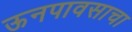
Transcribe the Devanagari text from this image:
ऊनपावसाचा